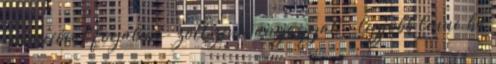
invencióval fogalma- zott zenei anyaggal, - legjobb lenne, ha